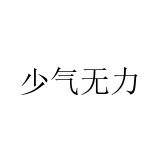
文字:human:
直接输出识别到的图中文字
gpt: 少气无力